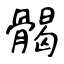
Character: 𩩲